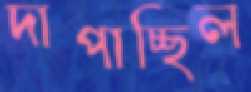
দাপাচ্ছিল